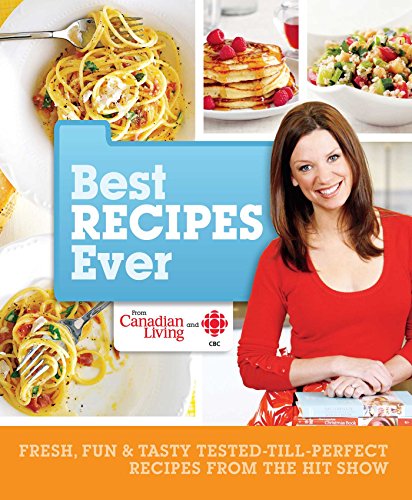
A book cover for Best Recipes Ever from Canadian Living and CBC: Fresh, Fun & Tasty Tested-Till-Perfect Recipes From the Hit Show; Canadian Living; Cookbooks, Food & Wine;